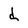
Character: d